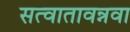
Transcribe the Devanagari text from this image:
सत्वातावन्नवा